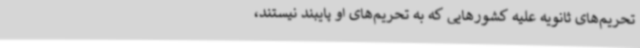
تحریم‌های ثانویه علیه کشورهایی که به تحریم‌های او پایبند نیستند،